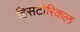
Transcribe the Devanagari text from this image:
हिसटोरिकल